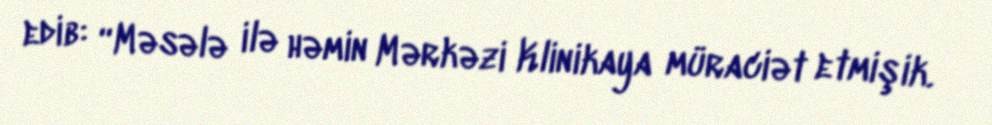
edib: “Məsələ ilə həmin Mərkəzi Klinikaya müraciət etmişik.